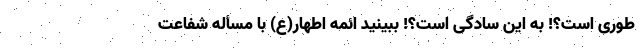
طوری است؟! به این سادگی است؟! ببینید ائمه اطهار(ع) با مسأله شفاعت